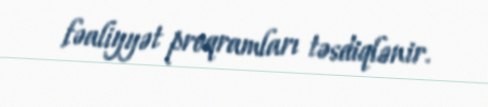
fəaliyyət proqramları təsdiqlənir.